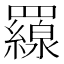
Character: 𦌶